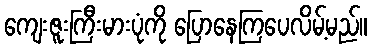
ကျေးဇူးကြီးမားပုံကို ပြောနေကြပေလိမ့်မည်။